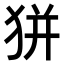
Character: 𤝴